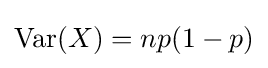
\operatorname {Var} (X)=np(1-p)